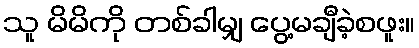
သူ မိမိကို တစ်ခါမျှ ပွေ့မချီခဲ့စဖူး။